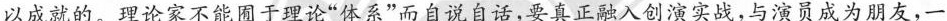
以成就的。理论家不能囿于理论”体系”而自说自话，要真正融入创演实战，与演员成为朋友，一